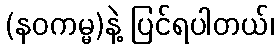
(နဝကမ္မ)နဲ့ ပြင်ရပါတယ်၊